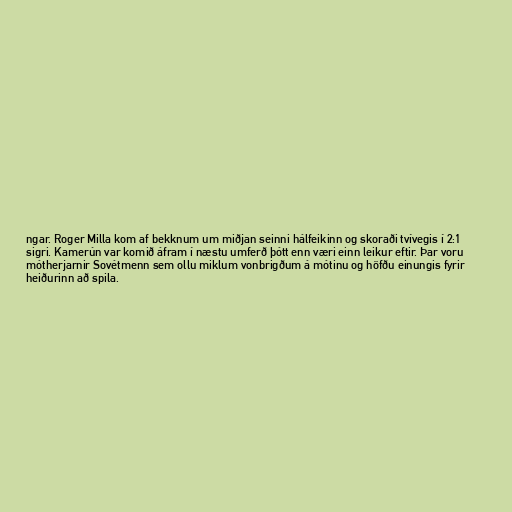
ngar. Roger Milla kom af bekknum um miðjan seinni hálfeikinn og skoraði tvívegis í 2:1
sigri. Kamerún var komið áfram í næstu umferð þótt enn væri einn leikur eftir. Þar voru
mótherjarnir Sovétmenn sem ollu miklum vonbrigðum á mótinu og höfðu einungis fyrir
heiðurinn að spila.